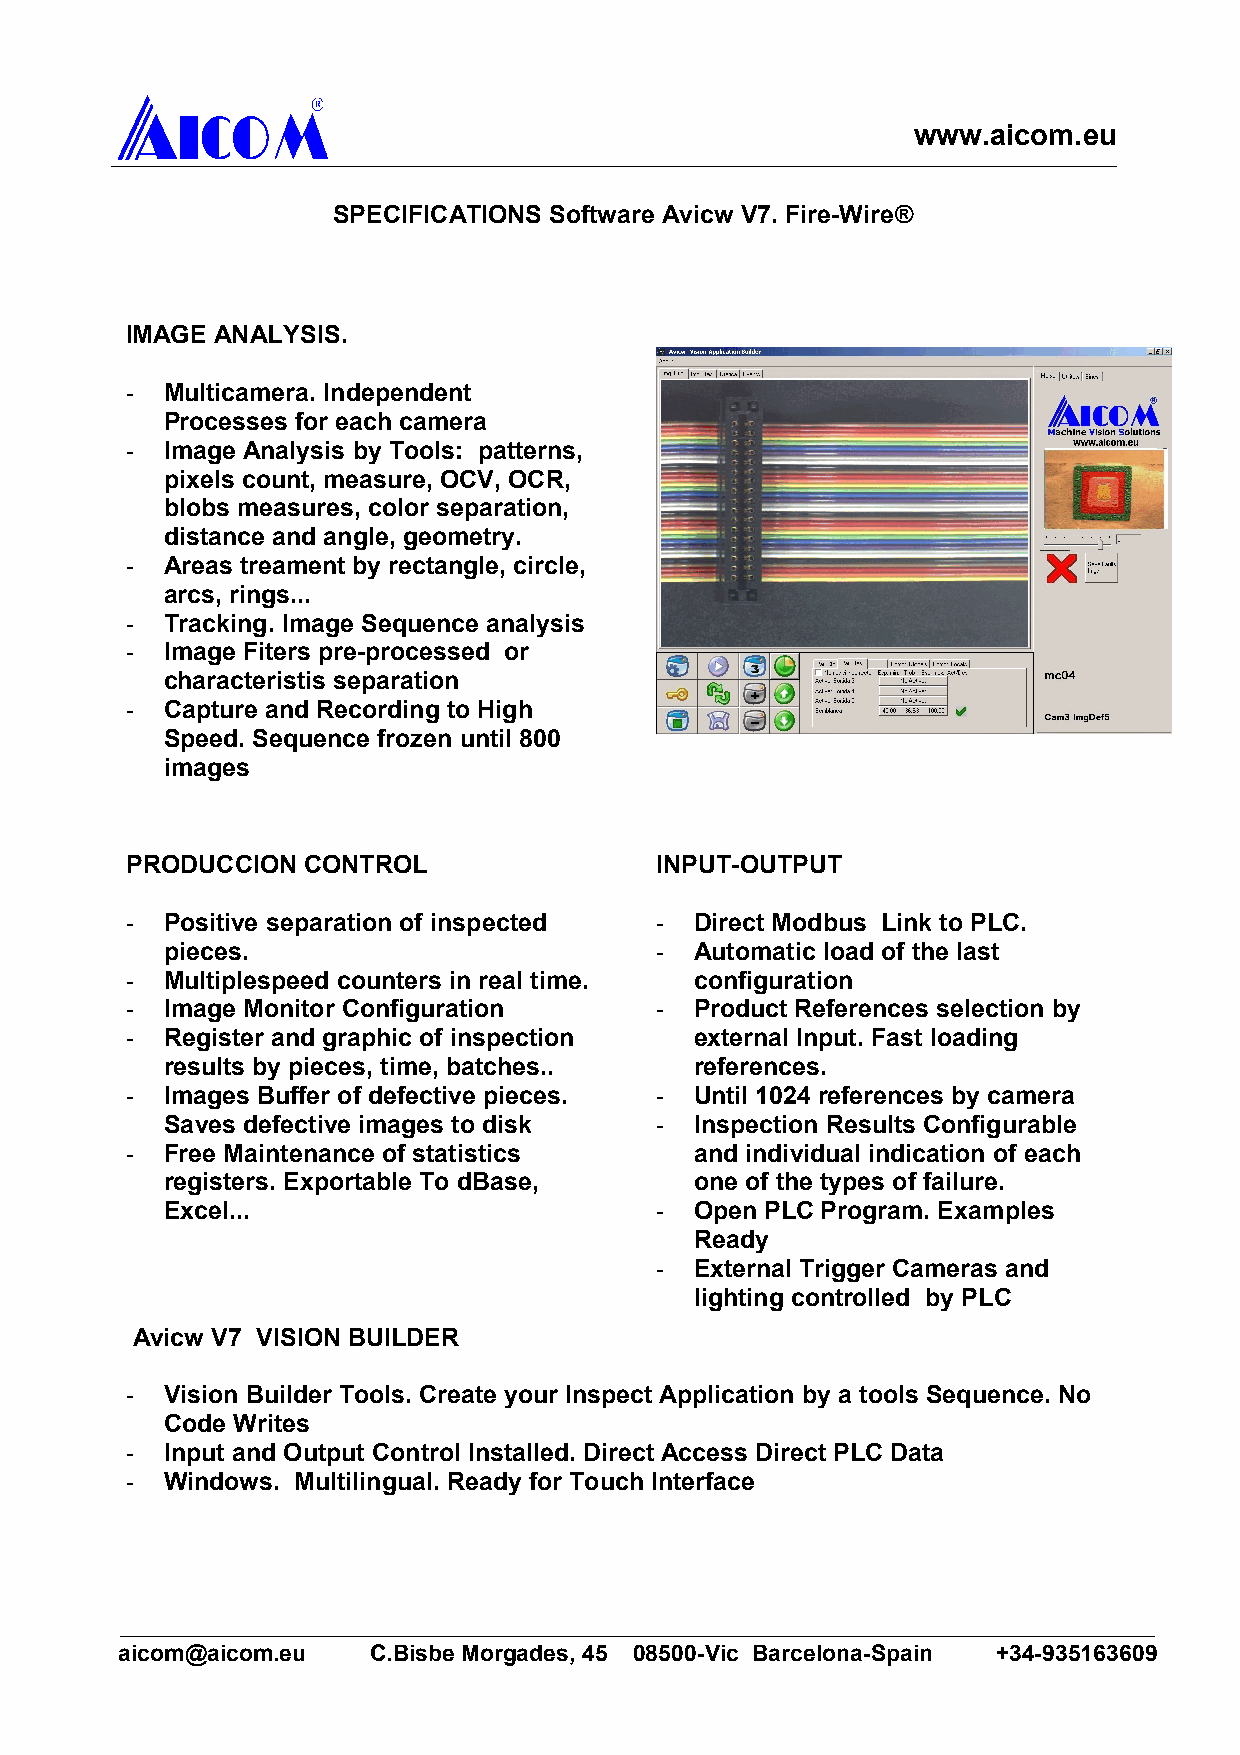
www.aicom.eu
 SPECIFICATIONS Software Avicw V7. Fire-Wire®
 IMAGE ANALYSIS.
 -  Multicamera. Independent
 Processes for each camera
 -  Image Analysis by Tools: patterns,
 pixels count, measure, OCV, OCR,
 blobs measures, color separation,
 distance and angle, geometry.
 -  Areas treament by rectangle, circle,
 arcs, rings...
 -  Tracking. Image Sequence analysis
 -  Image Fiters pre-processed or
 characteristis separation
 -  Capture and Recording to High
 Speed. Sequence frozen until 800
 images
 PRODUCCION  CONTROL                INPUT-OUTPUT
 -  Positive separation of inspected - Direct Modbus Link to PLC.
 pieces.                         -  Automatic load of the last
 -  Multiplespeed counters in real time. configuration
 -  Image Monitor Configuration     -  Product References selection by
 -  Register and graphic of inspection external Input. Fast loading
 results by pieces, time, batches.. references.
 -  Images Buffer of defective pieces. - Until 1024 references by camera
 Saves defective images to disk  -  Inspection Results Configurable
 -  Free Maintenance of statistics     and individual indication of each
 registers. Exportable To dBase,    one of the types of failure.
 Excel...                        -  Open PLC Program. Examples
 Ready
 -  External Trigger Cameras and
 lighting controlled by PLC
 Avicw V7 VISION BUILDER
 -  Vision Builder Tools. Create your Inspect Application by a tools Sequence. No
 Code Writes
 -  Input and Output Control Installed. Direct Access Direct PLC Data
 -  Windows. Multilingual. Ready for Touch Interface
 aicom@aicom.eu  C.Bisbe Morgades, 45 08500-Vic Barcelona-Spain +34-935163609